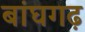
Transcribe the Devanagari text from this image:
बांघगढ़